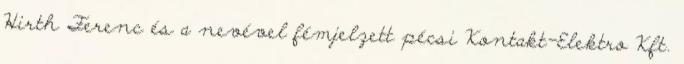
Hirth Ferenc és a nevével fémjelzett pécsi Kontakt-Elektro Kft.